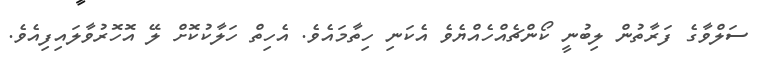
ސަލްވާގެ ފަރާތުން ލިބުނީ ކޯންޗެއްހެއްޔެވެ އެކަނި ހިތާމައެވެ. އެހިތް ހަލާކުކޮށް ލޭ އޮހޮރުވާލައިފިއެވެ.